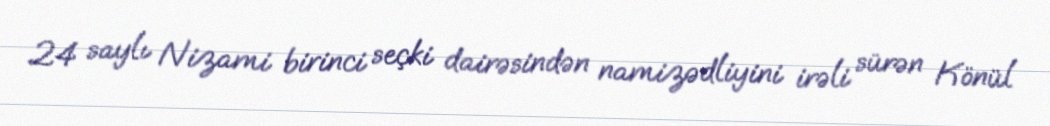
24 saylı Nizami birinci seçki dairəsindən namizədliyini irəli sürən Könül